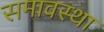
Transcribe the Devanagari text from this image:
समावस्था